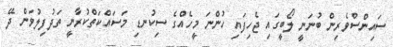
ސައިންސްވެރިން ބުނަނީ ލޯބީގައި ޖެހިފައި ހުންނަ މީހެއްގެ ސިކުނޑި މަސައްކަތްކުރާނީ ތަދުފިލުވަން ދޭ